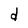
Character: d